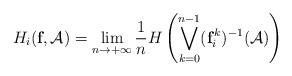
LaTeX: \begin{align*} H_{i}(\textbf{f},\mathcal{A})=\lim_{n\rightarrow +\infty} \frac{1}{n}H\left(\bigvee_{k=0}^{n-1}(\textbf{f}_{ i} ^{ \, k})^{-1}(\mathcal{A})\right)\end{align*}